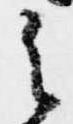
之